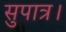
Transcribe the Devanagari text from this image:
सुपात्र।